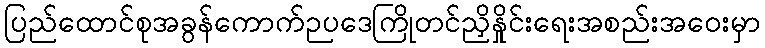
ပြည်ထောင်စုအခွန်ကောက်ဉပဒေကြိုတင်ညှိနှိုင်းရေးအစည်းအဝေးမှာ